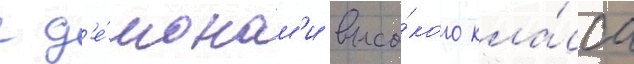
с д'е́монам'и высо́кого кла́сса